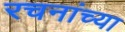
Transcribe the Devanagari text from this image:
रचनांच्या